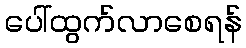
ပေါ်ထွက်လာစေရန်